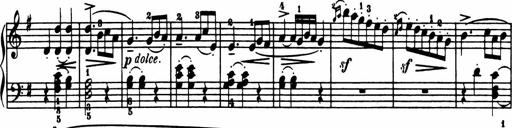
Title: Sonatina in G major
Composer: Friedrich Kuhlau
Key: G major